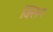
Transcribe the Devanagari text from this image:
क्‍लिन